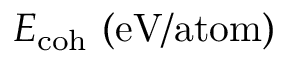
E _ { \mathrm { c o h } } ~ \mathrm { { ( e V / a t o m ) } }